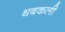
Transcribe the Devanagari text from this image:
थबकली